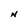
Character: N